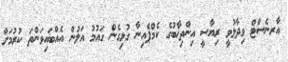
އާރނެސްޓް ވިދާޅުވީ ރިޔާސީ އިންތިޚާބުގެ ކެމްޕެއިނާ ގުޅިގެން ގައުމު އަލުން އެއްބައިވަންތަ ކުރުމަށް